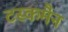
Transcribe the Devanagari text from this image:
टस्कमैन